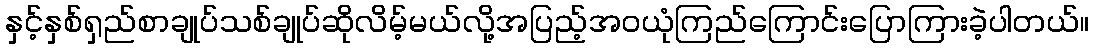
နှင့်နှစ်ရှည်စာချုပ်သစ်ချုပ်ဆိုလိမ့်မယ်လို့အပြည့်အဝယုံကြည်ကြောင်းပြောကြားခဲ့ပါတယ်။